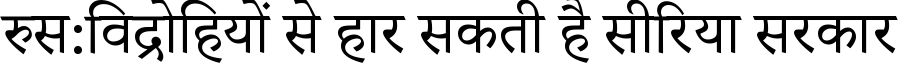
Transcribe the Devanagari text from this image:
रुस:विद्रोहियों से हार सकती है सीरिया सरकार